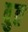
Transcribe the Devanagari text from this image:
वुत